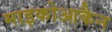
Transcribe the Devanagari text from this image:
माइकोआकैन